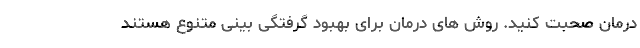
درمان صحبت کنید. روش های درمان برای بهبود گرفتگی بینی متنوع هستند